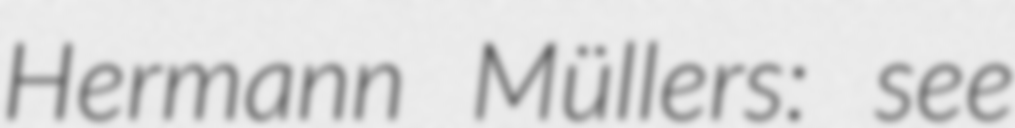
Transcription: Hermann Müllers: see